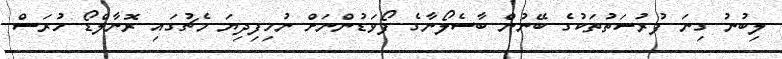
ލިބުނު ގިނަ ފުރުސަތުތަކުގެ ބޭނުން ބާސެލޯނާގެ ފޯވަޑުންނަށް ނުހިފިދިޔަ މެޗުގައި ރޮނާލްޑޯ ހުރަސް